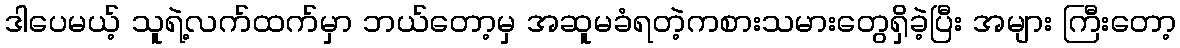
ဒါပေမယ့် သူရဲ့လက်ထက်မှာ ဘယ်တော့မှ အဆူမခံရတဲ့ကစားသမားတွေရှိခဲ့ပြီး အများ ကြီးတော့